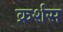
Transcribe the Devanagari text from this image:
क्रर्शस